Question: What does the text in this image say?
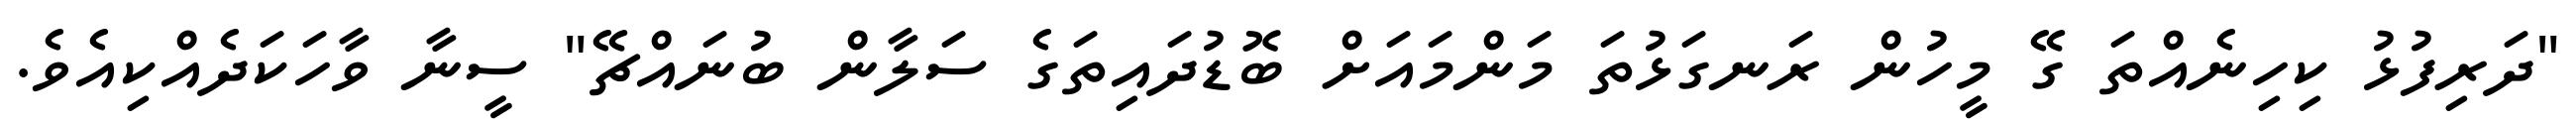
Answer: "ދަރިފުޅު ކިހިނެއްތަ ގޭ މީހުން ރަނގަޅުތަ މަންމައަށް ބޮޑުދައިތަގެ ސަލާން ބުނައްޗޭ" ސީނާ ވާހަކަދެއްކިއެވެ.